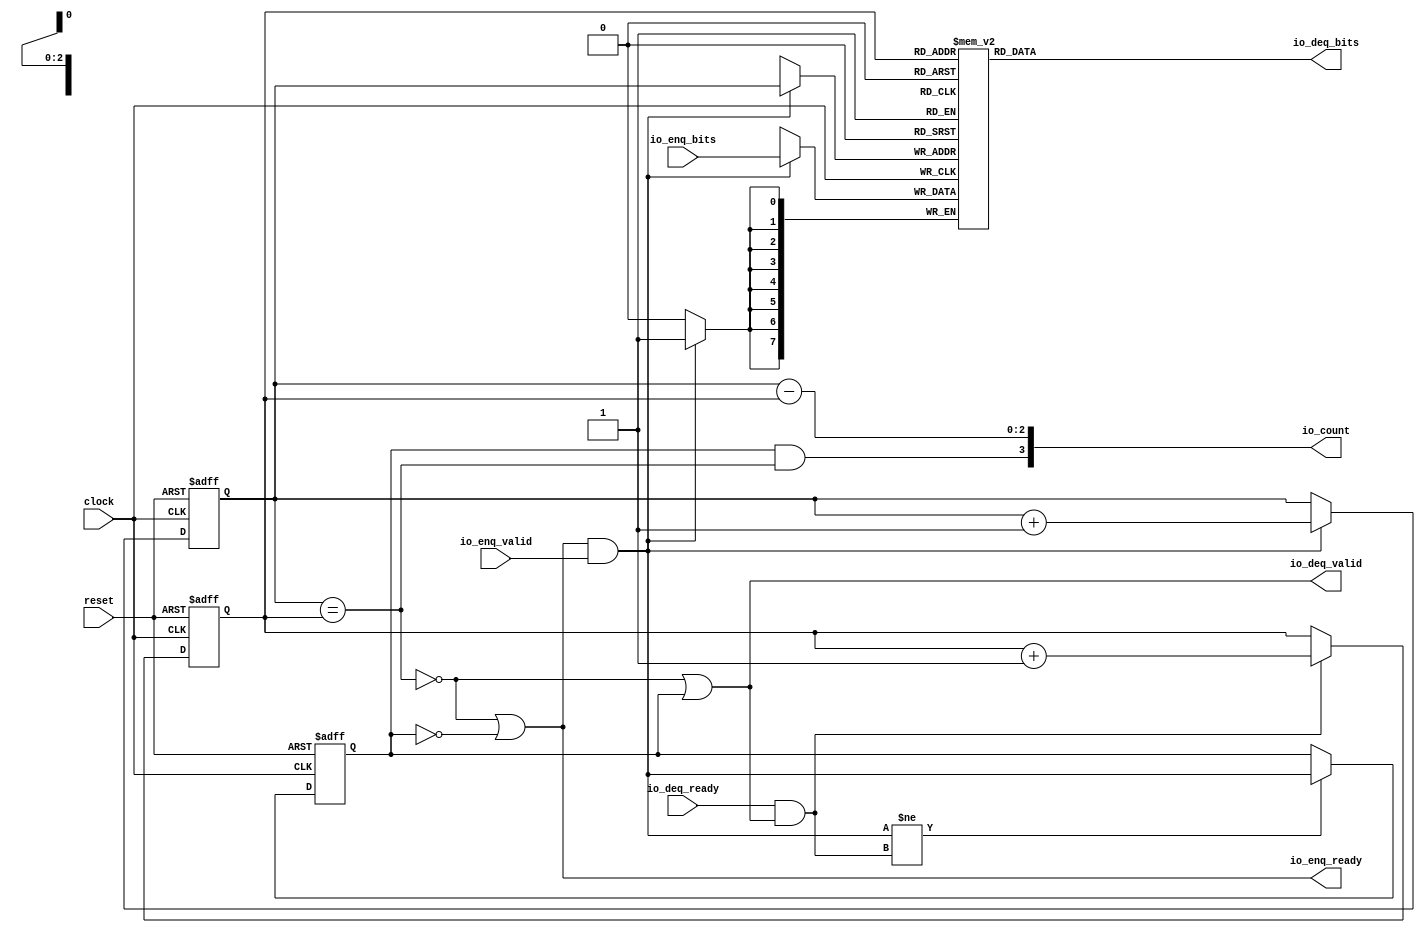
 /*                                                                      
 Copyright 2018 Tomas Brabec
 Copyright 2017 Silicon Integrated Microelectronics, Inc.                
                                                                         
 Licensed under the Apache License, Version 2.0 (the "License");         
 you may not use this file except in compliance with the License.        
 You may obtain a copy of the License at                                 
                                                                         
     http://www.apache.org/licenses/LICENSE-2.0                          
                                                                         
  Unless required by applicable law or agreed to in writing, software    
 distributed under the License is distributed on an "AS IS" BASIS,       
 WITHOUT WARRANTIES OR CONDITIONS OF ANY KIND, either express or implied.
 See the License for the specific language governing permissions and     
 limitations under the License.                                          

 Change log:

   2018, Aug, Tomas Brabec
   - Code cleanup (unused nets, transitive assignments, constant assignments).

 */                                                                      
                                                                         
                                                                         
                                                                         
module sirv_queue_1(
  input   clock,
  input   reset,
  output  io_enq_ready,
  input   io_enq_valid,
  input  [7:0] io_enq_bits,
  input   io_deq_ready,
  output  io_deq_valid,
  output [7:0] io_deq_bits,
  output [3:0] io_count
);
  reg [7:0] ram [0:7]; // FIFO memory
  reg [2:0] wptr; // enqueue/write pointer
  reg [2:0] rptr; // dequeue/read pointer
  reg  maybe_full; // last op decreased (0) or increased (1) records count
  wire  ptr_match;
  wire [2:0] ptr_diff;
  wire  enq;
  wire  deq;
  assign ptr_match = wptr == rptr;
//---->>>> TODO: These are outputs and would rather be registered.
  assign io_enq_ready = ~ptr_match | ~maybe_full;
  assign io_deq_valid = ~ptr_match |  maybe_full;
//<<<<----
  assign io_deq_bits = ram[rptr];
  assign enq = io_enq_ready & io_enq_valid;
  assign deq = io_deq_ready & io_deq_valid;


//---->>>> TODO: The records count is used for water marking and hence
//               would rather be registered.
  assign ptr_diff = wptr - rptr;
  assign io_count = {(maybe_full & ptr_match),ptr_diff};
//<<<<----

  always @(posedge clock) begin // The RAM block does not need reset
    if (enq) begin
      ram[wptr] <= io_enq_bits;
    end
  end

  always @(posedge clock or posedge reset)
    if (reset) begin
      wptr <= 3'h0;
    end else if (enq) begin
      wptr <= wptr + 1'h1;
    end

  always @(posedge clock or posedge reset)
    if (reset) begin
      rptr <= 3'h0;
    end else if (deq) begin
      rptr <= rptr + 3'h1;
    end

  always @(posedge clock or posedge reset)
    if (reset) begin
      maybe_full <= 1'h0;
    end else if (enq != deq) begin
      maybe_full <= enq;
    end

endmodule